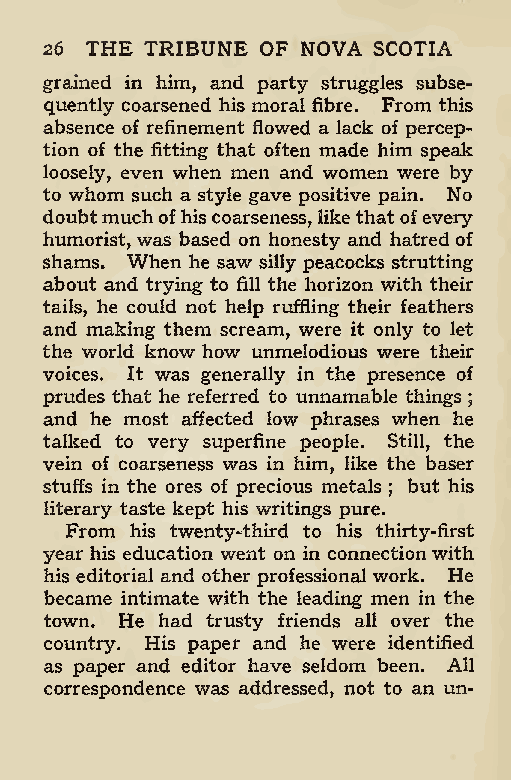
26 THE TRIBUNE OF NOVA SCOTIA
 grained in him, and party struggles subse-
 quently coarsened his moral fibre. From this
 absence of refinement flowed a lack of percep-
 tion of the fitting that often made him speak
 loosely, even when men and women were by
 to whom such a style gave positive pain. No
 doubtmuchofhiscoarseness, likethat ofevery
 humorist, was based on honesty and hatred of
 shams. When he saw silly peacocks strutting
 about and trying to fill the horizon with their
 tails, he could not help ruffling their feathers
 and making them scream, were it only to let
 the world know how unmelodious were their
 voices. It was generally in the presence of
 prudes that he referred to unnamable things
 ;
 and he most affected low phrases when he
 talked to very superfine people. Still, the
 vein of coarseness was in him, like the baser
 stuffs in the ores of precious metals but his
 ;
 literary taste kept his writings pure.
 From his twenty-third to his thirty-first
 year his education went on in connectionwith
 his editorial and other professional work. He
 became intimate with the leading men in the
 town. He had trusty friends all over the
 country. His paper and he were identified
 as paper and editor have seldom been. All
 correspondence was addressed, not to an un-